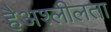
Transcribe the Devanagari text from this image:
हैअश्लीलता